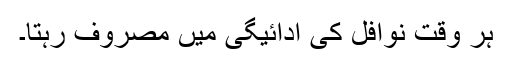
ہر وقت نوافل کی ادائیگی میں مصروف رہتا۔